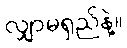
လျှာမရှည်နဲ့။